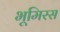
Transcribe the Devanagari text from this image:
भूमिरस